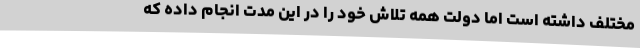
مختلف داشته است اما دولت همه تلاش خود را در این مدت انجام داده که